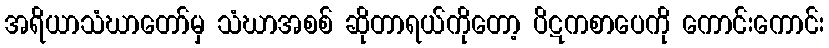
အရိယာသံဃာတော်မှ သံဃာအစစ် ဆိုတာရယ်ကိုတော့ ပိဋကစာပေကို ကောင်းကောင်း